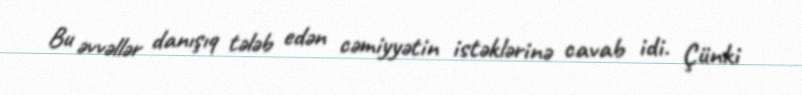
Bu əvvəllər danışıq tələb edən cəmiyyətin istəklərinə cavab idi. Çünki